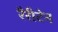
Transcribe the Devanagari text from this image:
रैरीटेन